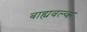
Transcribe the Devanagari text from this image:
बाह्यवल्क